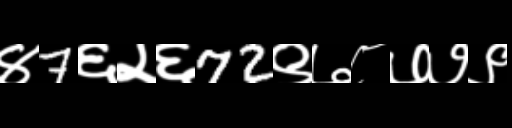
Text: ४7६२६72९७८७७९